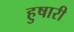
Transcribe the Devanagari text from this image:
हुषारी